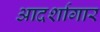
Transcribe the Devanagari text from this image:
आदर्शागार